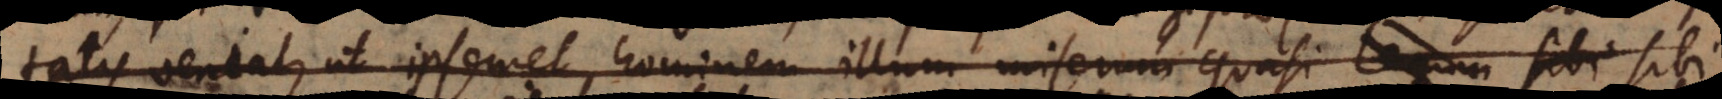
tis veniat, ut ipsemet hominem illum miserum quasi legum sibi